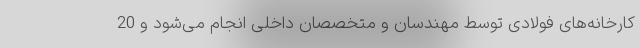
کارخانه‌های فولادی توسط مهندسان و متخصصان داخلی انجام می‌شود و 20